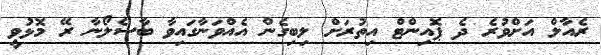
ރެއާލް އަށްވުރެ ދެ ޕޮއިންޓް އިތުރަށް ލިބިގެން އެއްވަނާގައިވާ ބާސެލޯނާ ރޭ މޮޅުވީ